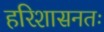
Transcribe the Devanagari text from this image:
हरिशासनतः